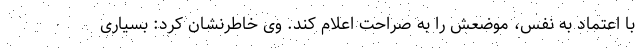
با اعتماد به نفس، موضعش را به صراحت اعلام کند. وی خاطرنشان کرد: بسیاری